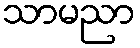
သာမညာ